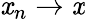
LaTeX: \mathit{x}_{n}\to\mathit{x}